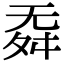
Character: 𣄳